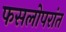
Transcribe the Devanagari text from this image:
फसलोपरांत